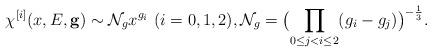
LaTeX: \begin{align*}\chi^{[i]}(x, E, {\bf g} ) \sim {\cal N}_g x^{g_i} \, \, (i=0,1,2), {\cal N}_g = \bigl(\prod_{0\le j<i \le 2} (g_i-g_j)\bigr)^{-\frac{1}{3}}.\end{align*}